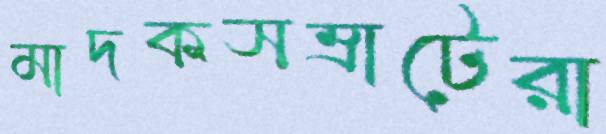
মাদকসম্রাটেরা